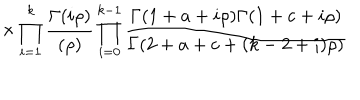
LaTeX: \hspace { 1 0 m m } \times \prod _ { i = 1 } ^ { k } \frac { \Gamma ( i \rho ) } { ( \rho ) } \prod _ { i = 0 } ^ { k - 1 } \frac { \Gamma ( 1 + a + i \rho ) \Gamma ( 1 + c + i \rho ) } { \Gamma ( 2 + a + c + ( k - 2 + i ) \rho ) }